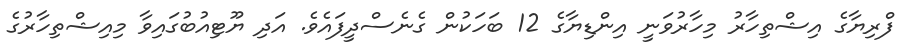
ފްރިޔާގެ އިޝްތިހާރު މިހާރުވަނީ އިންޑިޔާގެ 12 ބަހަކުން ގެނެސްދީފައެވެ. އަދި ޔޫޓިއުބުގައިވާ މިއިޝްތިހާރުގެ